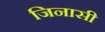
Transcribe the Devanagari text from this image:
जिनासी